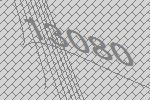
13080